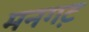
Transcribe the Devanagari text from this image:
मनगट़